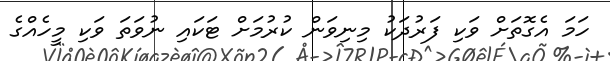
ހަމަ އެގޮތަށް ވަކި ފަރުދަކު މިނިވަން ކުރުމަށް ޓަކައި ނުވަތަ ވަކި މީހެއްގެ